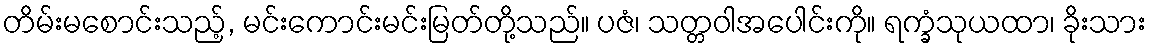
တိမ်းမစောင်းသည့်, မင်းကောင်းမင်းမြတ်တို့သည်။ ပဇံ၊ သတ္တဝါအပေါင်းကို။ ရက္ခံသုယထာ၊ ခိုးသား